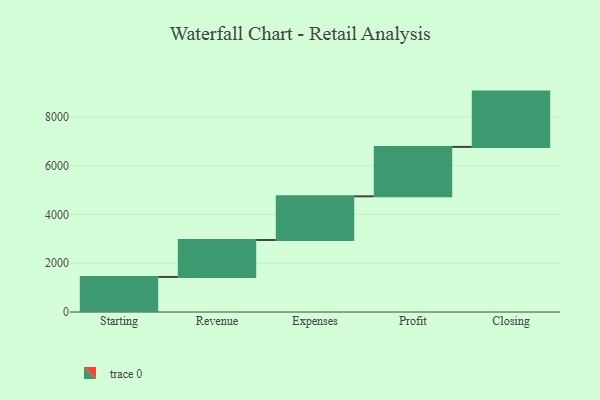
{"axis": {"x": "Step", "y": "Value"}, "legend": [""], "data": [{"x": "Starting", "y": 1437.0, "type": ""}, {"x": "Revenue", "y": 1514.0, "type": ""}, {"x": "Expenses", "y": 1791.0, "type": ""}, {"x": "Profit", "y": 2026.0, "type": ""}, {"x": "Closing", "y": 2267.0, "type": ""}]}